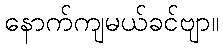
နောက်ကျမယ်ခင်ဗျာ။